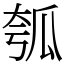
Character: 瓠